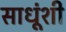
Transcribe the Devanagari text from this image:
साधूंशी